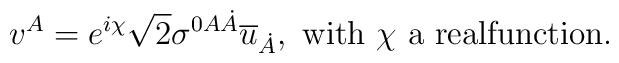
v^A=e^{i\chi}\sqrt{2}\sigma^{0 A\dot{A}}\overline{u}_{\dot{A}},\ \mbox{with $\chi$ a realfunction.}